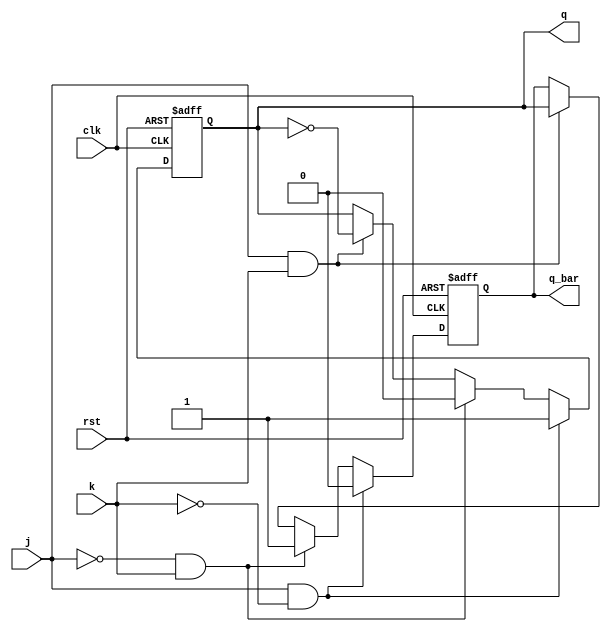
module jk_ff(
    input j, 
    input k,
    input clk,
    input rst,
    output reg q,
    output reg q_bar
);

//Master stage
always @ (posedge clk or negedge rst)
begin
    if (rst == 0) begin
        q <= 0;
        q_bar <= 1;
    end
    else begin
        if (j && ~k) begin
            q <= 1;
            q_bar <= 0;
        end
        else if (~j && k) begin
            q <= 0;
            q_bar <= 1;
        end
        else if (j && k) begin
            q <= ~q;
            q_bar <= q;
        end
    end
end

endmodule